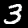
Label: 3